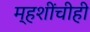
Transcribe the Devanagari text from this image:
म्हशींचीही